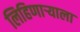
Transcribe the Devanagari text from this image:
लिहिणाऱ्याला